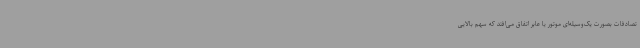
تصادفات بصورت یک‌وسیله‌ای موتور یا عابر اتفاق می‌افتد که سهم بالایی